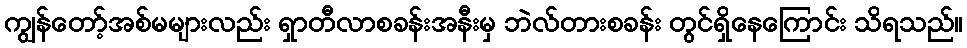
ကျွန်တော့်အစ်မများလည်း ရှာတီလာစခန်းအနီးမှ ဘဲလ်တားစခန်း တွင်ရှိနေကြောင်း သိရသည်။